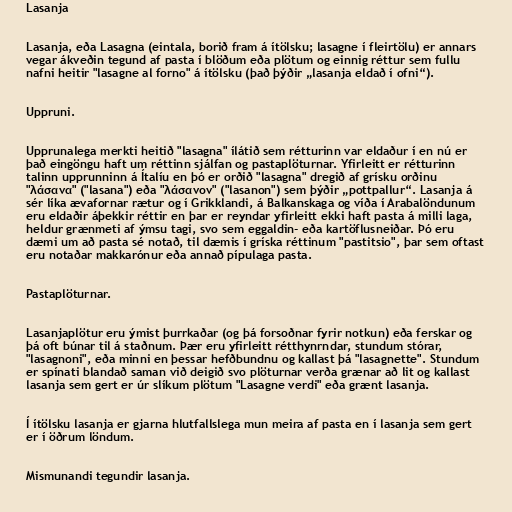
Lasanja

Lasanja, eða Lasagna (eintala, borið fram á ítölsku; lasagne í fleirtölu) er annars
vegar ákveðin tegund af pasta í blöðum eða plötum og einnig réttur sem fullu
nafni heitir "lasagne al forno" á ítölsku (það þýðir „lasanja eldað í ofni“).

Uppruni.

Upprunalega merkti heitið "lasagna" ílátið sem rétturinn var eldaður í en nú er
það eingöngu haft um réttinn sjálfan og pastaplöturnar. Yfirleitt er rétturinn
talinn upprunninn á Ítalíu en þó er orðið "lasagna" dregið af grísku orðinu
"λάσανα" ("lasana") eða "λάσανον" ("lasanon") sem þýðir „pottpallur“. Lasanja á
sér líka ævafornar rætur og í Grikklandi, á Balkanskaga og víða í Arabalöndunum
eru eldaðir áþekkir réttir en þar er reyndar yfirleitt ekki haft pasta á milli laga,
heldur grænmeti af ýmsu tagi, svo sem eggaldin- eða kartöflusneiðar. Þó eru
dæmi um að pasta sé notað, til dæmis í gríska réttinum "pastitsio", þar sem oftast
eru notaðar makkarónur eða annað pípulaga pasta.

Pastaplöturnar.

Lasanjaplötur eru ýmist þurrkaðar (og þá forsoðnar fyrir notkun) eða ferskar og
þá oft búnar til á staðnum. Þær eru yfirleitt rétthynrndar, stundum stórar,
"lasagnoni", eða minni en þessar hefðbundnu og kallast þá "lasagnette". Stundum
er spínati blandað saman við deigið svo plöturnar verða grænar að lit og kallast
lasanja sem gert er úr slíkum plötum "Lasagne verdi" eða grænt lasanja.

Í ítölsku lasanja er gjarna hlutfallslega mun meira af pasta en í lasanja sem gert
er í öðrum löndum.

Mismunandi tegundir lasanja.